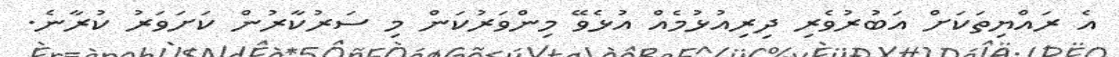
އެ ރައްޔިތަކަށް އަބުރުވެރި ދިރިއުޅުމެއް އުޅެވޭ މިންވަރުކަން މި ސަރުކާރުން ކަށަވަރު ކުރާނެ.